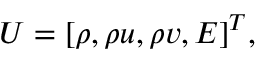
\boldsymbol { U } = [ \rho , \rho u , \rho v , E ] ^ { T } ,